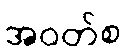
အဝတ်စ